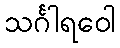
သင်္ဂါရဝေါ